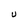
Character: U